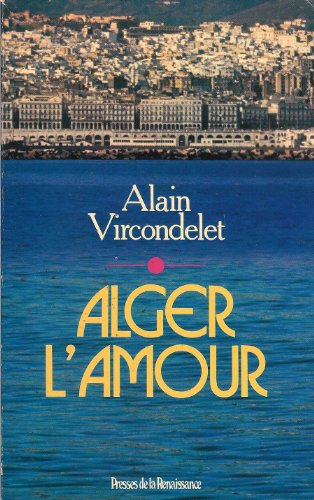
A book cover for Alger, l'amour (French Edition); Alain Vircondelet; Travel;